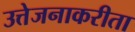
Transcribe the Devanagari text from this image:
उत्तेजनाकरीता